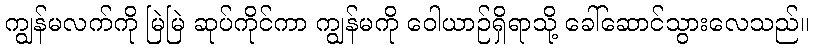
ကျွန်မလက်ကို မြဲမြဲ ဆုပ်ကိုင်ကာ ကျွန်မကို ဝေါယာဉ်ရှိရာသို့ ခေါ်ဆောင်သွားလေသည်။